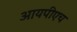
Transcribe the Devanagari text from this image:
आयपीएच